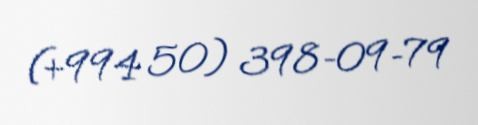
(+994 50) 398-09-79